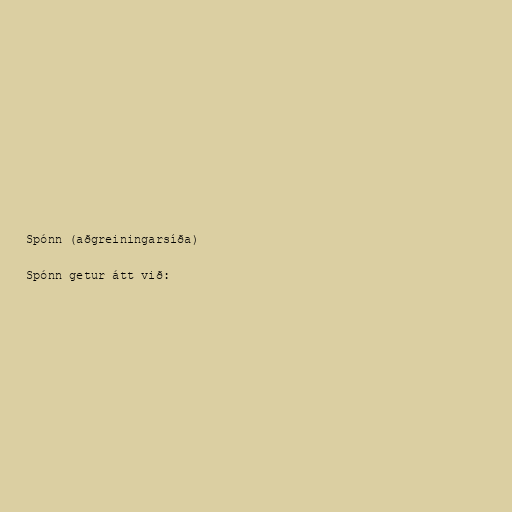
Spónn (aðgreiningarsíða)

Spónn getur átt við: